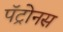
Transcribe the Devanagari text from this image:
पॅट्रोनस